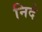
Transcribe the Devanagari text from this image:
निदे